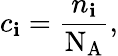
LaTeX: c_{\mathbf{i}}={\frac{{n_{\mathbf{i}}}}{{\mathrm{{N_{A}}}}}},